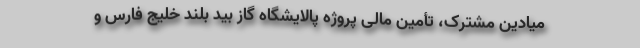
میادین مشترک، تأمین مالی پروژه پالایشگاه گاز بید بلند خلیج فارس و